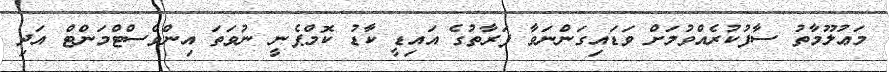
މަޢުލޫމާތު ސާފުކުރެއްވުމަށް ވަޑައިގަންނަވާ ފަރާތުގެ އައިޑީ ކާޑު ކޮމްޕެނީ ނުވަތަ އިންވެސްޓްމަންޓް އަދި